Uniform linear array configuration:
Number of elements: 12
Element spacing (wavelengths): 0.75
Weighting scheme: blackman
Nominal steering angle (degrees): -45
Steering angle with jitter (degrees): -45.147
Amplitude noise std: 0.05
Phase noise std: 0.05

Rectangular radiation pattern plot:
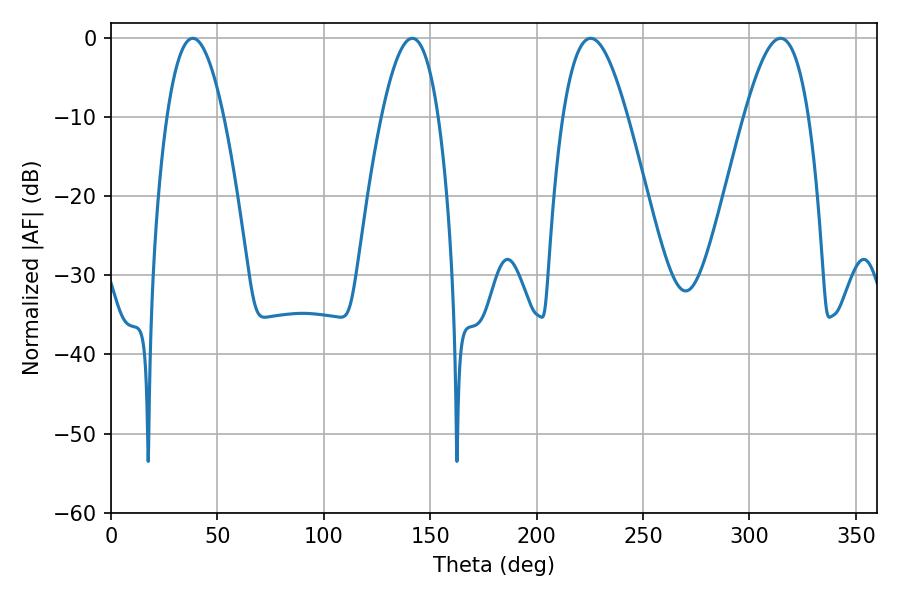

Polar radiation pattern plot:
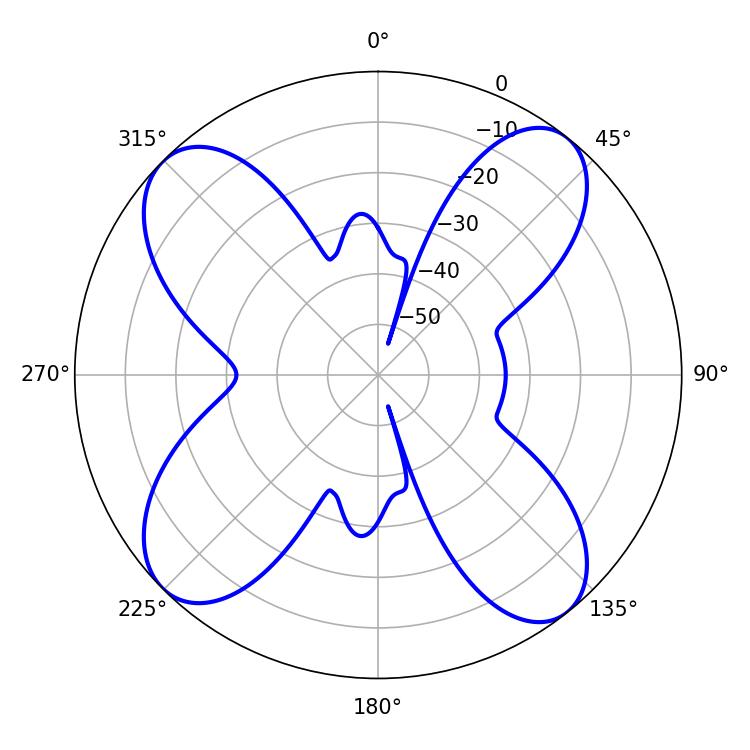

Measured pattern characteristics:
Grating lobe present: TRUE
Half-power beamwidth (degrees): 16.38
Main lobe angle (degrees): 225.36